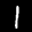
Label: 1